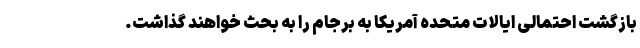
بازگشت احتمالی ایالات متحده آمریکا به برجام را به بحث خواهند گذاشت.